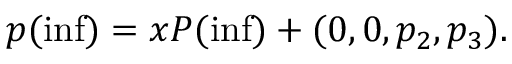
p ( \operatorname * { i n f } ) = x P ( \operatorname * { i n f } ) + ( 0 , 0 , p _ { 2 } , p _ { 3 } ) .